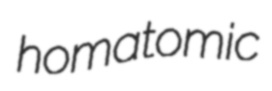
homatomic